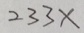
2 3 3 x